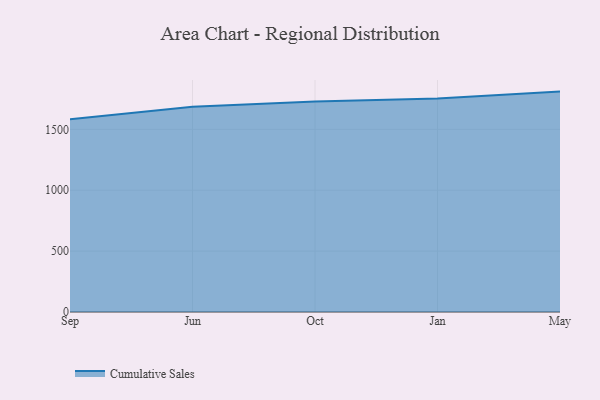
{"axis": {"x": "Month", "y": "Revenue (USD Million)"}, "legend": ["Cumulative Sales"], "data": [{"x": "Sep", "y": 1581.9, "type": "Cumulative Sales"}, {"x": "Jun", "y": 1684.6, "type": "Cumulative Sales"}, {"x": "Oct", "y": 1728.8, "type": "Cumulative Sales"}, {"x": "Jan", "y": 1752.4, "type": "Cumulative Sales"}, {"x": "May", "y": 1809.6, "type": "Cumulative Sales"}]}